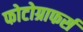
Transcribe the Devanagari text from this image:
फोटोग्राफर्स